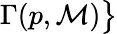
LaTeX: \Gamma(p,\mathcal{M}){\big\} }